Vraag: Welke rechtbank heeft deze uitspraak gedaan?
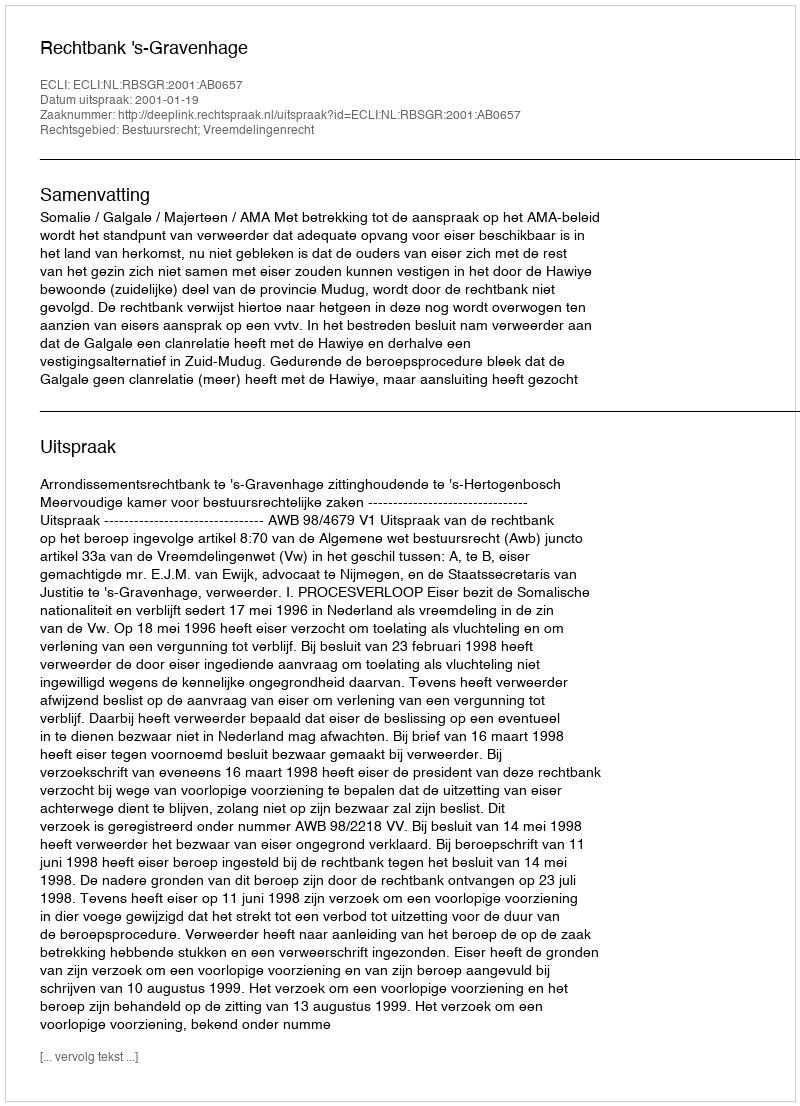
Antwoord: Rechtbank 's-Gravenhage